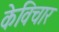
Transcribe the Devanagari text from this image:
केविचार